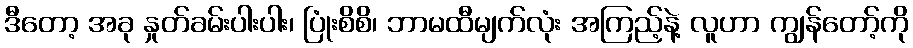
ဒီတော့ အခု နှုတ်ခမ်းပါးပါး၊ ပြုံးစိစိ၊ ဘာမထီမျက်လုံး အကြည့်နဲ့ လူဟာ ကျွန်တော့်ကို